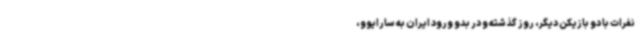
نفرات با دو بازیکن دیگر، روز گذشته و در بدو ورود ایران به سارایوو،